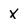
Character: x